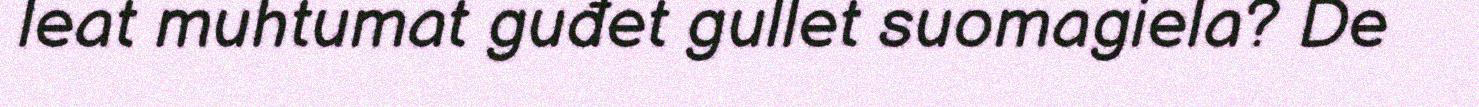
leat muhtumat guđet gullet suomagiela? De